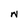
Character: N